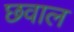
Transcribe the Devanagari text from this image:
छवाल